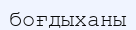
боғдыханы